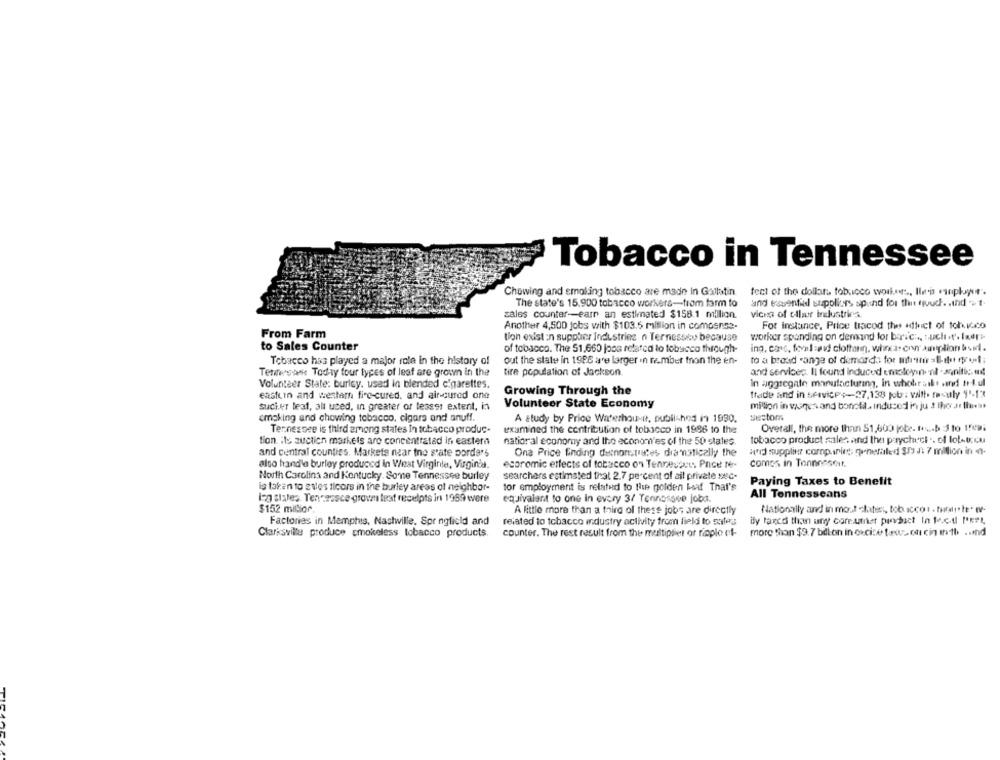
Tobacco in Tennessee
Chowing and smoking tobacco are made In Gallatin.
fect of the dollar tobucco workers, llen player".
The state's 15.900 tobacco workers-from farm to
and tasentid suppliers spund for the touch. . ind .t.
sales counter-earn an estimated $158.1 million.
vices of eller industries
Another 4,500 jobs with $103.6 million in compense.
For instance, Price tracod the Hlinct of tohitco
From Farm
tion exist in supplier Industries n Ternessey because
worker spending on demand for bric :., such.t'. laer
to Sales Counter
of tobacco. The 51,660 joos related to tobacco through-
ing, cos, foval =wit clothann, whereas con amplion boil.
Tobacco has played a major role in the history of
out the state in 1986 are larger in rember ton the en-
to a broad range of demarda for mirin -E-det dyrt;
Tenstek Today four types of leaf are grown in the
tire population of Jackson
and services. Il found induced emoleyin. nl -snittse
Volunteer Stale: burley. used in blended cigarettes.
in aggregate manufacturing, in whohrathe send nul
eastun and westam fire-cured, and air-cured one
Growing Through the
trade and in service+-27,138 job : vall. mouly 1'-13
Volunteer State Economy
sucher leaf, all used, in greater or lesser extent, in
million in vegesand bonota. induced in ju s the ar that
cmoking and chowing tobacco, cigars and anuff.
A study by Price Waterhou it, published in 1990.
sectors
Tennessee is third among states In tobacco produc-
examined the contribution of tobacco in 1996 to the
Overall, the more than S1,600 jobr. tousb J to Irewi
tion. its auction markets are concentratad in eastern
national economy and the econon'es of the 50 states.
tobacco product sales and the paycheck .. of lot-t.cu
and central counties. Markets near tno state pordas
Ona Price Einding demonstrates dramatically the
word supplier companies: generaled $1 4: 7 million in -
comos in Tonnnesert.
also handle burley produced in West Virginia, Virginia.
ecoromic effects of tobacco on Tennesaus Price No-
North Carolina and Kentucky. Some Tennessee burley
searchers estimated that 2.7 percent of ail private sec-
for employment is related to Ite golden Leaf That's
Paying Taxes to Benefit
is taken to sales ticors in the burley areas of neighbor-
All Tennesseans
Iza sixles. Tensessce grov text receipts in 1989 were
equivalent to one in every 3/ Tennessee joba.
$152 million
Nationally and in most clatest, tobacco . hacerte' tV-
A little more than a third of these jobs are directly
Factories in Memphis, Nastwille, Spr ngfield and
related to tobacco industry activity from fieldi to sales
ily tarcd than any coreuther pinchact In fac.dl PEPL
Clarksville produce smokeless tobacco products.
counter. The rest result from the multipliet or rioplo ef-
more than $9.7 billion in oxcice tows. co cin thth .. ind